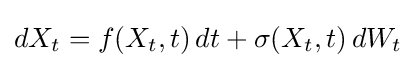
dX_{t}=f(X_{t},t)\,dt+\sigma (X_{t},t)\,dW_{t}